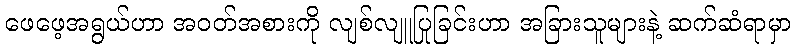
ဖေဖေ့အရွယ်ဟာ အဝတ်အစားကို လျစ်လျူပြုခြင်းဟာ အခြားသူများနဲ့ ဆက်ဆံရာမှာ